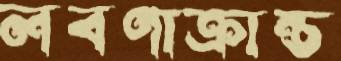
লবণাক্রান্ত